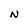
Character: N